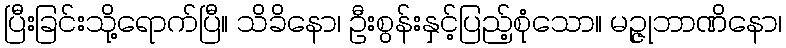
ပြီးခြင်းသို့ရောက်ပြီ။ သိခိနော၊ ဦးစွန်းနှင့်ပြည့်စုံသော။ မဉ္ဇုဘာဏိနော၊